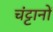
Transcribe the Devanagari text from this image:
चंट्टानों